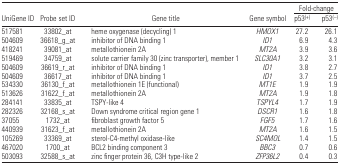
<table><thead><tr><td></td><td></td><td></td><td></td><td colspan="2"><b>Fold-change</b></td></tr><tr><td><b>UniGene ID</b></td><td><b>Probe set ID</b></td><td><b>Gene title</b></td><td><b>Gene symbol</b></td><td><b>p53<sup>(+)</sup></b></td><td><b>p53<sup>(−)</sup></b></td></tr></thead><tbody><tr><td>517581</td><td>33802_at</td><td>heme oxygenase (decycling) 1</td><td><i>HMOX1</i></td><td>27.2</td><td>26.1</td></tr><tr><td>504609</td><td>36618_g_at</td><td>inhibitor of DNA binding 1</td><td><i>ID1</i></td><td>6.9</td><td>4.3</td></tr><tr><td>418241</td><td>39081_at</td><td>metallothionein 2A</td><td><i>MT2A</i></td><td>3.9</td><td>3.6</td></tr><tr><td>519469</td><td>34759_at</td><td>solute carrier family 30 (zinc transporter), member 1</td><td><i>SLC30A1</i></td><td>3.2</td><td>3.1</td></tr><tr><td>504609</td><td>36619_r_at</td><td>inhibitor of DNA binding 1</td><td><i>ID1</i></td><td>3.8</td><td>2.7</td></tr><tr><td>504609</td><td>36617_at</td><td>inhibitor of DNA binding 1</td><td><i>ID1</i></td><td>3.7</td><td>2.5</td></tr><tr><td>534330</td><td>36130_f_at</td><td>metallothionein 1E (functional)</td><td><i>MT1E</i></td><td>1.9</td><td>1.9</td></tr><tr><td>513626</td><td>31622_f_at</td><td>metallothionein 2A</td><td><i>MT2A</i></td><td>1.9</td><td>1.8</td></tr><tr><td>284141</td><td>33835_at</td><td>TSPY-like 4</td><td><i>TSPYL4</i></td><td>1.7</td><td>1.9</td></tr><tr><td>282326</td><td>32168_s_at</td><td>Down syndrome critical region gene 1</td><td><i>DSCR1</i></td><td>1.6</td><td>1.8</td></tr><tr><td>37055</td><td>1732_at</td><td>fibroblast growth factor 5</td><td><i>FGF5</i></td><td>1.7</td><td>1.6</td></tr><tr><td>440939</td><td>31623_f_at</td><td>metallothionein 2A</td><td><i>MT2A</i></td><td>1.6</td><td>1.5</td></tr><tr><td>105269</td><td>33369_at</td><td>sterol-C4-methyl oxidase-like</td><td><i>SC4MOL</i></td><td>1.4</td><td>1.5</td></tr><tr><td>467020</td><td>1700_at</td><td>BCL2 binding component 3</td><td><i>BBC3</i></td><td>0.7</td><td>0.6</td></tr><tr><td>503093</td><td>32588_s_at</td><td>zinc finger protein 36, C3H type-like 2</td><td><i>ZFP36L2</i></td><td>0.4</td><td>0.3</td></tr></tbody></table>